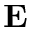
\mathbf { E }